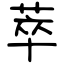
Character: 萃